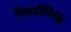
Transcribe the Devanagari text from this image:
निवडीविरुद्ध